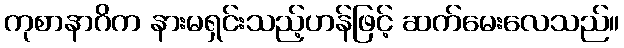
ကုစာနာဂိက နားမရှင်းသည့်ဟန်ဖြင့် ဆက်မေးလေသည်။